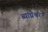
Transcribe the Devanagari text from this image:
ब्याघ्रेश्वर